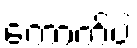
ကောက်ပဲ